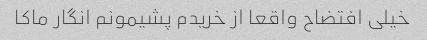
خیلی افتضاح واقعا از خریدم پشیمونم انگار ماکا